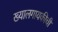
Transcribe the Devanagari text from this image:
ख्यालगायकीची